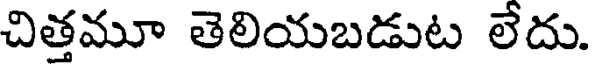
చిత్తమూ తెలియబడుట లేదు.